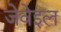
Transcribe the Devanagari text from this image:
जेवेइल